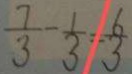
\frac { 7 } { 3 } - \frac { 1 } { 3 } = \frac { 6 } { 3 }